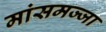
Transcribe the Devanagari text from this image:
मांसमज्जा